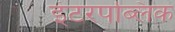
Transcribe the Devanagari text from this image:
इंटरपब्लिक